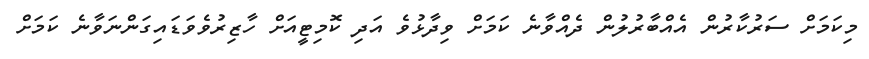
މިކަމަށް ސަރުކާރުން އެއްބާރުލުން ދެއްވާނެ ކަމަށް ވިދާޅުވެ އަދި ކޮމިޓީއަށް ހާޒިރުވެވަޑައިގަންނަވާނެ ކަމަށް